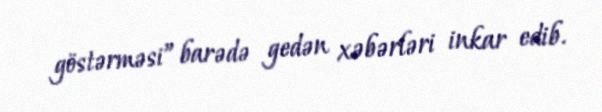
göstərməsi” barədə gedən xəbərləri inkar edib.